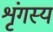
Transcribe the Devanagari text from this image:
शृंगस्य